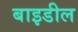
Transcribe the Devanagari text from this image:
बाइडील